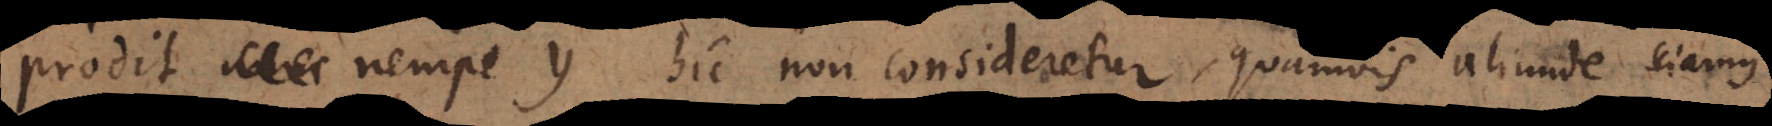
prodit nempe y hic non consideretur, quamvis aliunde sciamus